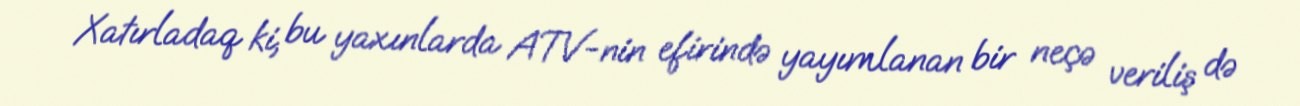
Xatırladaq ki, bu yaxınlarda ATV-nin efirində yayımlanan bir neçə veriliş də